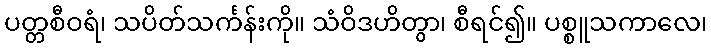
ပတ္တစီဝရံ၊ သပိတ်သင်္ကန်းကို။ သံဝိဒဟိတွာ၊ စီရင်၍။ ပစ္စူသကာလေ၊